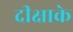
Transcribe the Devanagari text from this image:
दीक्षाके